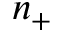
n _ { + }